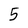
Character: 5